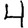
Digit: 4